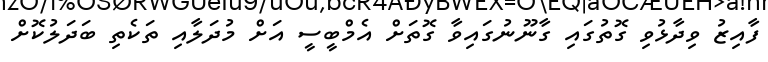
ފާއިޒު ވިދާޅުވި ގޮތުގައި ގާނޫނުގައިވާ ގޮތަށް އެމްބީސީ އަށް މުދަލާއި ތަކެތި ބަދަލުކޮށް